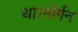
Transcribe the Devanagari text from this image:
था।मोर्गन